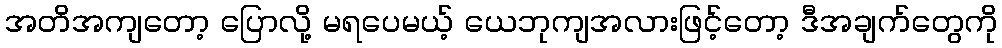
အတိအကျတော့ ပြောလို့ မရပေမယ့် ယေဘုကျအလားဖြင့်တော့ ဒီအချက်တွေကို